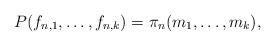
LaTeX: \begin{align*}P(f_{n,1},\ldots,f_{n,k})=\pi _{n}(m_{1},\ldots,m_{k}),\end{align*}